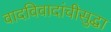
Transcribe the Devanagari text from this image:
वादविवादांचीसुद्धा